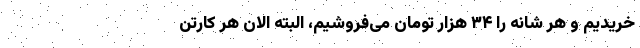
خریدیم و هر شانه را ۳۴ هزار تومان می‌فروشیم، البته الان هر کارتن